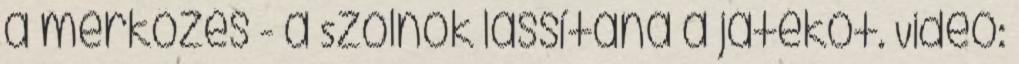
a mérkőzés - a Szolnok lassítaná a játékot. Videó: